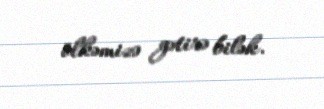
ölkəmizə gətirə bilək.